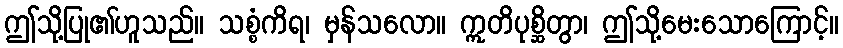
ဤသို့ပြု၏ဟူသည်။ သစ္စံကိရ၊ မှန်သလော။ ဣတိပုစ္ဆိတွာ၊ ဤသို့မေးသောကြောင့်။